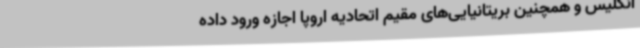
انگلیس و همچنین بریتانیایی‌های مقیم اتحادیه اروپا اجازه ورود داده